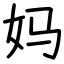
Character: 妈